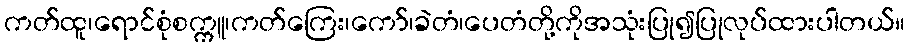
ကတ်ထူ၊ရောင်စုံစက္ကူ၊ကတ်ကြေး၊ကော်၊ခဲတံ၊ပေတံတို့ကိုအသုံးပြု၍ပြုလုပ်ထားပါတယ်။